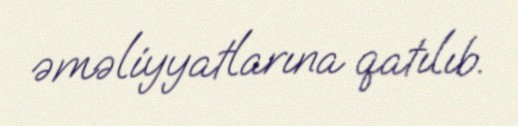
əməliyyatlarına qatılıb.